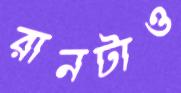
রানটাও